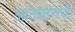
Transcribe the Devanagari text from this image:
आळ्वारांची